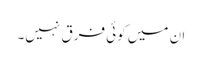
ان میں کوئی فرق نہیں۔